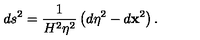
d s ^ { 2 } = \frac { 1 } { H ^ { 2 } \eta ^ { 2 } } \left( d \eta ^ { 2 } - d \mathbf { x } ^ { 2 } \right) .